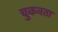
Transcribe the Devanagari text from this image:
चुकवता